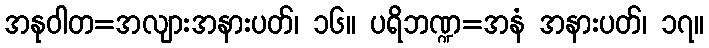
အနုဝါတ=အလျားအနားပတ်၊ ၁၆။ ပရိဘဏ္ဍ=အနံ အနားပတ်၊ ၁၇။